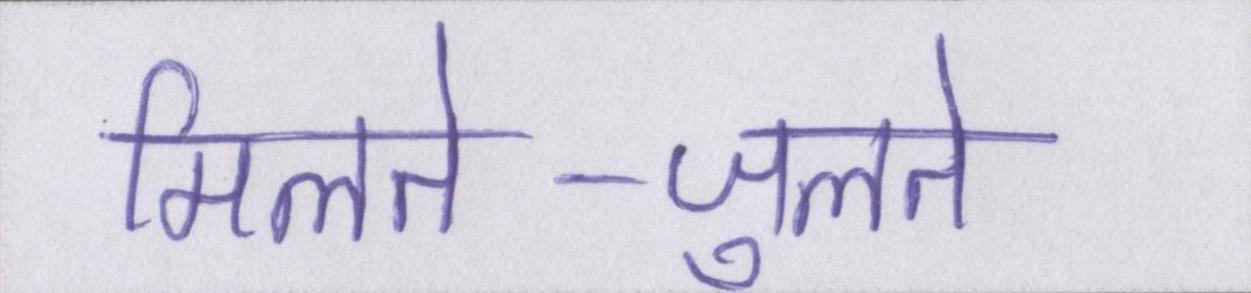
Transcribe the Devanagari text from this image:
मिलते-जुलते